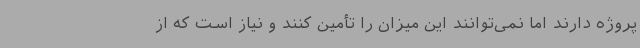
پروژه دارند اما نمی‌توانند این میزان را تأمین کنند و نیاز است که از